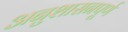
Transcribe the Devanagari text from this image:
अनुशासनपूर्ण